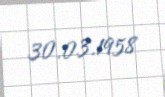
30.03.1958